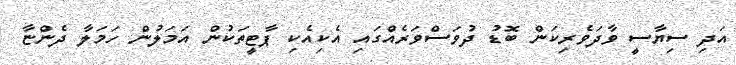
އަދި ސިޔާސީ ވާދަވެރިކަން ބޮޑު ދުވަސްވަރެއްގައި އެކިއެކި ޕާޓީތަކުން އަމަލުން ހަމަލާ ދެންޏާ